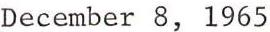
December 8, 1965